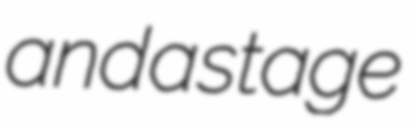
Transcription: and a stage